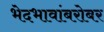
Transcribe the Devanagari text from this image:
भेदभावांबरोबर